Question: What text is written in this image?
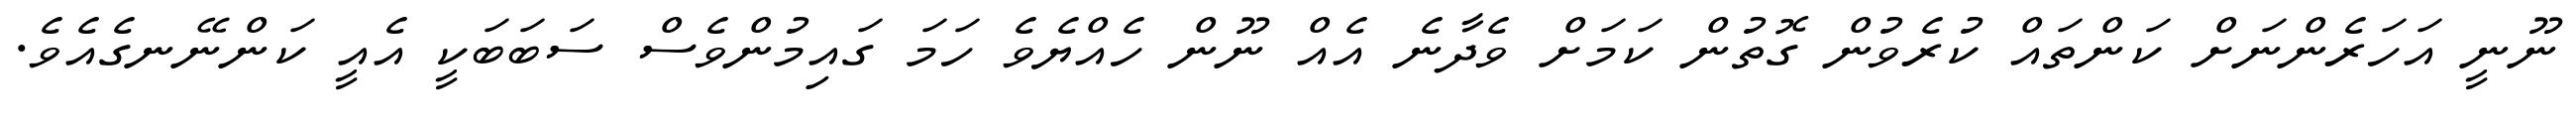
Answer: ނޫނީ އަހަރެންނަށް ކަންތައް ކުރެވުން ގޮތުން ކަމަށް ވެދާނެ އެއް ނޫން ހެއްޔެވެ ހަމަ ގައިމުންވެސް ސަބަބަކީ އެއީ ކަންނޭނގެއެވެ.